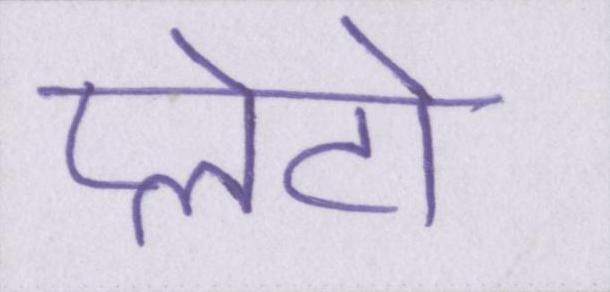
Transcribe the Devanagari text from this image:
प्लेटो